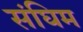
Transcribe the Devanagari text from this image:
संघिम